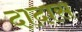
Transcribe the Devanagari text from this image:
दादास